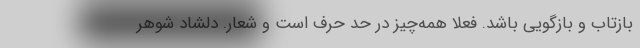
بازتاب و بازگويي باشد. فعلا همه‌چيز در حد حرف است و شعار. دلشاد شوهر